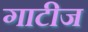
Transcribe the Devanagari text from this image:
गाटीज